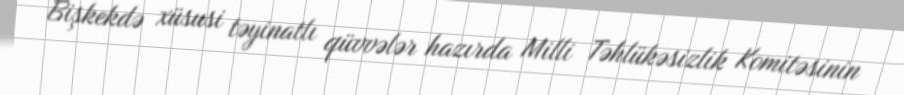
Bişkekdə xüsusi təyinatlı qüvvələr hazırda Milli Təhlükəsizlik Komitəsinin